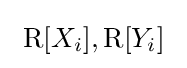
\ \operatorname {R} [{X_{i}}],\operatorname {R} [{Y_{i}}]\